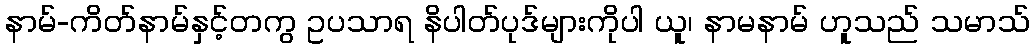
နာမ်-ကိတ်နာမ်နှင့်တကွ ဥပသာရ နိပါတ်ပုဒ်များကိုပါ ယူ၊ နာမနာမ် ဟူသည် သမာသ်